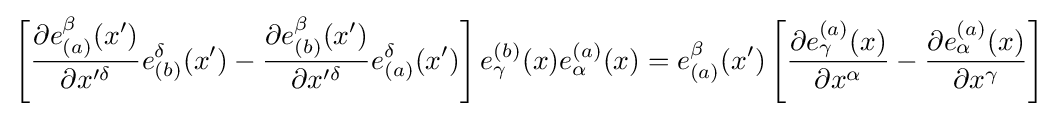
\left[{\frac {\partial e_{(a)}^{\beta }(x^{\prime })}{\partial x^{\prime \delta }}}e_{(b)}^{\delta }(x^{\prime })-{\frac {\partial e_{(b)}^{\beta }(x^{\prime })}{\partial x^{\prime \delta }}}e_{(a)}^{\delta }(x^{\prime })\right]e_{\gamma }^{(b)}(x)e_{\alpha }^{(a)}(x)=e_{(a)}^{\beta }(x^{\prime })\left[{\frac {\partial e_{\gamma }^{(a)}(x)}{\partial x^{\alpha }}}-{\frac {\partial e_{\alpha }^{(a)}(x)}{\partial x^{\gamma }}}\right]